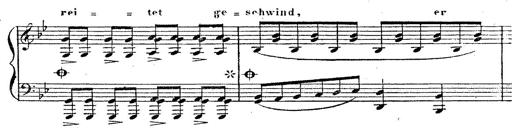
Title: 12 Lieder von Franz Schubert
Composer: Franz Liszt